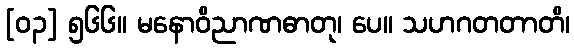
[၀၃] ၅၆၆။ မနောဝိညာဏဓာတု၊ ပေ။ သဟဂတတာတိ၊